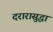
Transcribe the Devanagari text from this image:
दरारासुद्धा